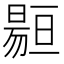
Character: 𱢡